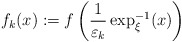
\begin{align*}f_{k}(x):=f\left(\frac{1}{\varepsilon_{k}}\exp_{\xi}^{-1}(x)\right)\end{align*}